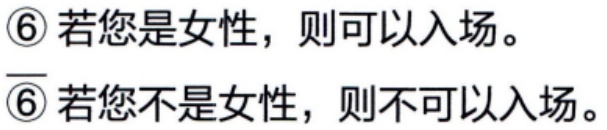
\textcircled{6} 若您是女性，则可以入场。

\(\overline{\textcircled{6}}\) 若您不是女性，则不可以入场。